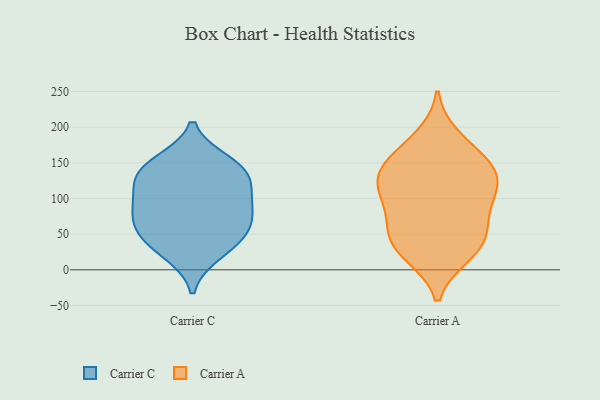
{"axis": {"x": "Conversion Rate (%)", "y": "Value"}, "legend": ["Carrier A", "Carrier C"], "data": [{"x": "", "y": 40, "type": "Carrier C"}, {"x": "", "y": 95, "type": "Carrier C"}, {"x": "", "y": 131, "type": "Carrier C"}, {"x": "", "y": 53, "type": "Carrier C"}, {"x": "", "y": 80, "type": "Carrier C"}, {"x": "", "y": 132, "type": "Carrier C"}, {"x": "", "y": 141, "type": "Carrier C"}, {"x": "", "y": 95, "type": "Carrier C"}, {"x": "", "y": 24, "type": "Carrier C"}, {"x": "", "y": 150, "type": "Carrier C"}, {"x": "", "y": 62, "type": "Carrier C"}, {"x": "", "y": 44, "type": "Carrier A"}, {"x": "", "y": 21, "type": "Carrier A"}, {"x": "", "y": 133, "type": "Carrier A"}, {"x": "", "y": 147, "type": "Carrier A"}, {"x": "", "y": 47, "type": "Carrier A"}, {"x": "", "y": 186, "type": "Carrier A"}, {"x": "", "y": 87, "type": "Carrier A"}, {"x": "", "y": 21, "type": "Carrier A"}, {"x": "", "y": 118, "type": "Carrier A"}, {"x": "", "y": 118, "type": "Carrier A"}, {"x": "", "y": 95, "type": "Carrier A"}, {"x": "", "y": 128, "type": "Carrier A"}, {"x": "", "y": 43, "type": "Carrier A"}, {"x": "", "y": 168, "type": "Carrier A"}, {"x": "", "y": 146, "type": "Carrier A"}, {"x": "", "y": 74, "type": "Carrier A"}]}